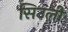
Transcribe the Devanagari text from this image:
सिउली